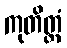
ကုတိတ္ထံ